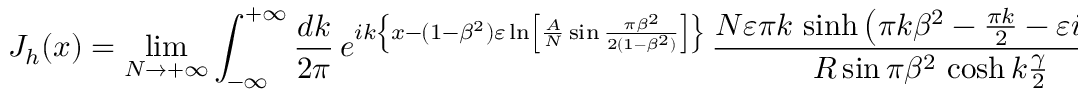
J _ { h } ( x ) = \operatorname * { l i m } _ { N \rightarrow + \infty } \int _ { - \infty } ^ { + \infty } \frac { d k } { 2 \pi } \, e ^ { i k \left\{ x - ( 1 - \beta ^ { 2 } ) \varepsilon \ln \left[ \frac { A } { N } \sin \frac { \pi \beta ^ { 2 } } { 2 ( 1 - \beta ^ { 2 } ) } \right] \right\} } \, \frac { N \varepsilon \pi k \, \sinh \left( \pi k \beta ^ { 2 } - \frac { \pi k } { 2 } - \varepsilon i \pi \beta ^ { 2 } \right) } { R \sin \pi \beta ^ { 2 } \, \cosh k \frac { \gamma } { 2 } } \, .